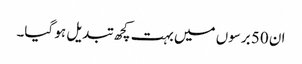
ان 50 برسوں میں بہت کچھ تبدیل ہو گیا۔